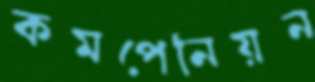
কমপেনিয়ন